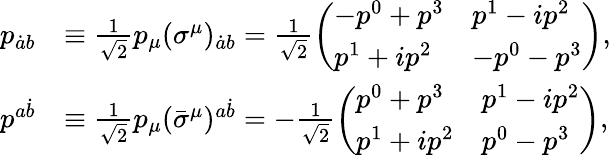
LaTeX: \begin{array}{rl}{p_{\dot{a}b}}&{\equiv\frac{1}{\sqrt{2}}p_{\mu}(\sigma^{\mu})_{\dot{a}b}=\frac{1}{\sqrt{2}}\left(\begin{array}{ll}{-p^{0}+p^{3}}&{p^{1}-ip^{2}}\\ {p^{1}+ip^{2}}&{-p^{0}-p^{3}}\end{array}\right),}\\ {p^{a\dot{b}}}&{\equiv\frac{1}{\sqrt{2}}p_{\mu}(\bar{\sigma}^{\mu})^{a\dot{b}}=-\frac{1}{\sqrt{2}}\left(\begin{array}{ll}{p^{0}+p^{3}}&{p^{1}-ip^{2}}\\ {p^{1}+ip^{2}}&{p^{0}-p^{3}}\end{array}\right),}\end{array}